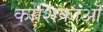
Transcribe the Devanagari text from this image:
कोशिकाऒ